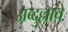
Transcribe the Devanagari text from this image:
अब्दुल्लाचे